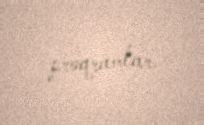
proqramlar.